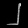
Digit: ၂